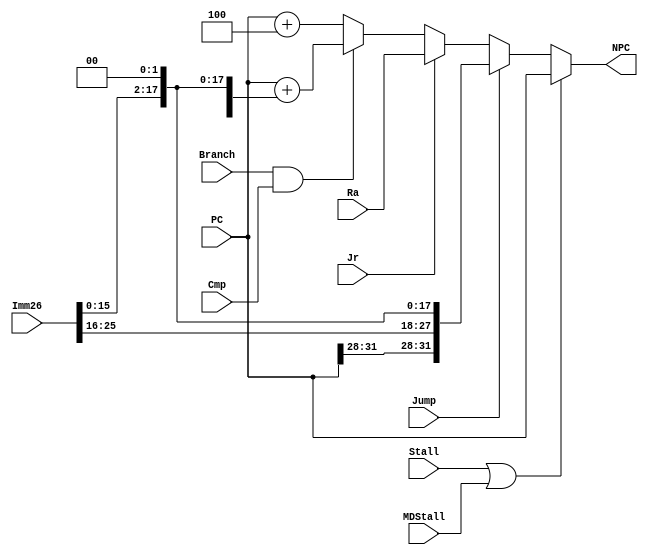
module F_NPC(
    input           Jump,
    input           Jr,
    input           Branch,
    input  [31:0 ]  PC,
    input           Cmp,
    input  [31:0 ]  Ra,
    input           Stall,
	 input           MDStall,
    input  [25:0 ]  Imm26,

    output [31:0 ]  NPC
);
    wire [15:0 ] Imm16 = Imm26[15:0 ];

    assign NPC =    Stall || MDStall ?   PC :
                    Jump    ?   {{PC[31:28]}, Imm26, {2'b00}} :
                    Jr      ?   {Ra[31:0]} : // is this the problem??
                    Branch && Cmp ? PC + {{14{Imm16[15]}}, Imm16, 2'b00} :
                    PC + 4;
endmodule